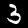
Digit: 3